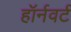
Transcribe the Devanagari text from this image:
हॉर्नवर्ट